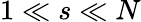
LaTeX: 1\ll s\ll N